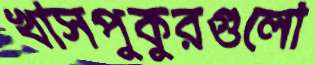
খাসপুকুরগুলো